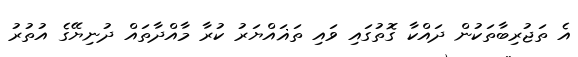
އެ ތަޖުރިބާތަކުން ދައްކާ ގޮތުގައި ވައި ތަޣައްޔަރު ކުރާ މާއްދާތައް ދުނިޔޭގެ އުތުރު